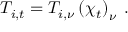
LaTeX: T _ { i , t } = T _ { i , \nu } \left( \chi _ { t } \right) _ { \nu } \; .